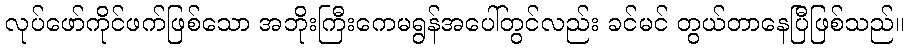
လုပ်ဖော်ကိုင်ဖက်ဖြစ်သော အဘိုးကြီးကေမရွန်အပေါ်တွင်လည်း ခင်မင် တွယ်တာနေပြီဖြစ်သည်။